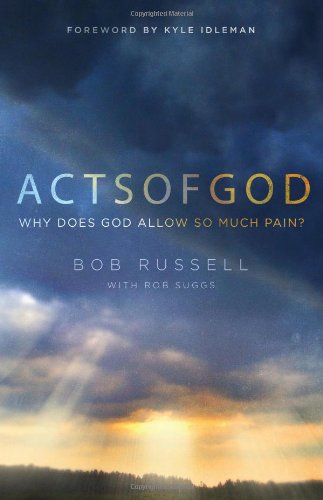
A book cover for Acts of God: Why Does God Allow So Much Pain?; Bob Russell; Christian Books & Bibles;